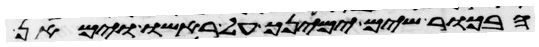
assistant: הבכור שים ימינך על ראשו וימאן